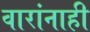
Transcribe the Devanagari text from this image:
वारांनाही